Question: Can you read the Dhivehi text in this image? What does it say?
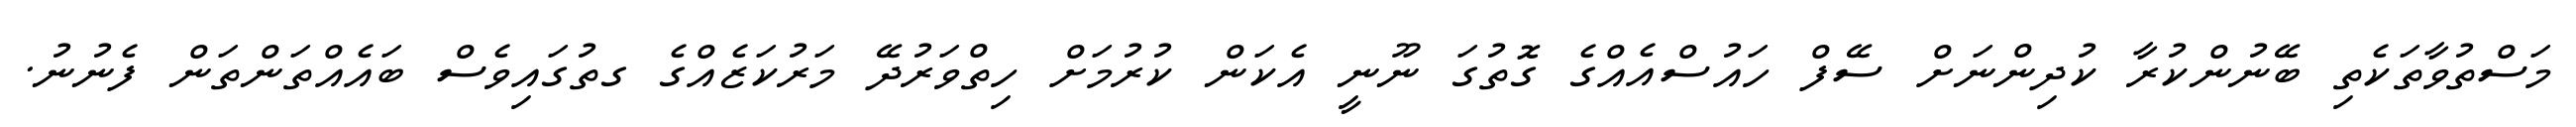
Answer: މަސްތުވާތަކެތި ބޭނުންކުރާ ކުދިންނަށް ސޭފް ހައުސްއެއްގެ ގޮތުގަ ނޫނީ އެކަން ކުރުމަށް ހިތްވަރުދޭ މަރުކަޒެއްގެ ގތުގައިވެސް ބައެއްތަންތަން ފެނުނު.